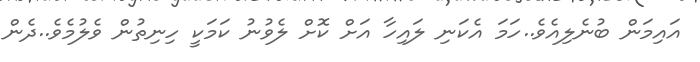
އައިމަން ބުނެލިއެވެ..ހަމަ އެކަނި ލައިހާ އަށް ކޮށް ލެވުނު ކަމަކީ ހިނިތުން ވެލުމެވެ..ދެން